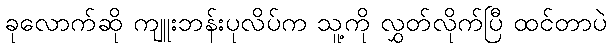
ခုလောက်ဆို ကျူးဘန်းပုလိပ်က သူ့ကို လွှတ်လိုက်ပြီ ထင်တာပဲ